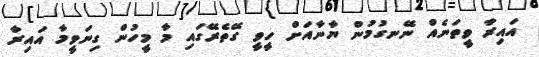
އައިރާ ވީތަނެއް ނޭނގުމުން ޔާނާއަށް ހީވީ ގޭތެރޭގައި މާ މީހުން ގިނަވީމާ އައިރާ